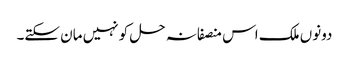
دونوں ملک اس منصفانہ حل کو نہیں مان سکتے۔